Annual administration report of the Civil Veterinary Department of India - 1892-1893
Year: 1892
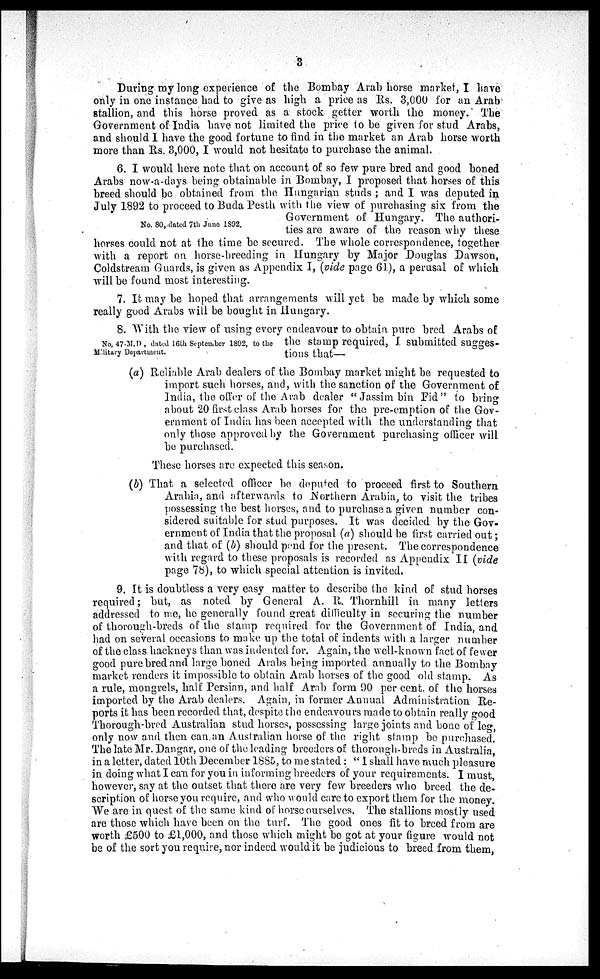
3
During my long experience of the Bombay Arab horse market, I have
only in one instance had to give as high a price as Rs. 3,000 for an Arab
stallion, and this horse proved as a stock getter worth the money. The
Government of India have not limited the price to be given for stud Arabs,
and should I have the good fortune to find in the market an Arab horse worth
more than Rs. 3,000, I would not hesitate to purchase the animal.
No. 80, dated 7th June 1892.
6. I would here note that on account of so few pure bred and good boned
Arabs now-a-days being obtainable in Bombay, I proposed that horses of this
breed should be obtained from the Hungarian studs ; and I was deputed in
July 1892 to proceed to Buda Pesth with the view of purchasing six from the
Government of Hungary. The authori-
ties are aware of the reason why these
horses could not at the time be secured. The whole correspondence, together
with a report on horse-breeding in Hungary by Major Douglas Dawson,
Coldstream Guards, is given as Appendix I, (vide page 61), a perusal of which
will be found most interesting.
7. It may be hoped that arrangements will yet be made by which some
really good Arabs will be bought in Hungary.
No, 47-M.D, dated 16th September 1892, to the
Military Department.
8. With the view of using every endeavour to obtain pure bred Arabs of
the stamp required, J. submitted sugges-
tions that—
(a) Reliable Arab dealers of the Bombay market might be requested to
import such horses, and, with the sanction of the Government of
India, the offer of the Arab dealer " Jassim bin Fid" to bring
about 20 first class Arab horses for the pre-emption of the Gov-
ernment of India has been accepted with the understanding that
only those approved by the Government purchasing officer will
be purchased.
These horses are expected this season.
(b) That a selected officer be deputed to proceed first to Southern
Arabia, and afterwards to Northern Arabia, to visit the tribes
possessing the best horses, and to purchase a given number con-
sidered suitable for stud purposes. It was decided by the Gov-
ernment of India that the proposal (a) should be first carried out;
and that of (b) should pend for the present. The correspondence
with regard to these proposals is recorded as Appendix II (vide
page 78), to which special attention is invited.
9. It is doubtless a very easy matter to describe the kind of stud horses
required; but, as noted by General A. R. Thornhill in many letters
addressed to me, he generally found great difficulty in securing the number
of thorough-breds of the stamp required for the Government of India, and
had on several occasions to make up the total of indents with a larger number
of the class hackneys than was indented for. Again, the well-known fact of fewer
good pure bred and large boned Arabs being imported annually to the Bombay
market renders it impossible to obtain Arab horses of the good old stamp. As
a rule, mongrels, half Persian, and half Arab form 90 per cent. of the horses
imported by the Arab dealers. Again, in former Annual Administration Re-
ports it has been recorded that, despite the endeavours made to obtain really good
Thorough-bred Australian stud horses, possessing large joints and bone of leg,
only now and then can an Australian horse of the right stamp be purchased.
The late Mr. Dangar, one of the leading breeders of thorough-breds in Australia,
in a letter, dated 10th December 1885, to me stated : " I shall have much pleasure
in doing what I can for you in informing breeders of your requirements. I must,
however, say at the outset that there are very few breeders who breed the de-
scription of horse you require, and who would care to export them for the money.
We are in quest of the same kind of horse ourselves. The stallions mostly used
are those which have been on the turf. The good ones fit to breed from are
worth £500 to £1,000, and those which might be got at your figure would not
be of the sort you require, nor indeed would it be judicious to breed from them,